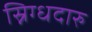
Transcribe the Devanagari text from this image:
स्निग्धदारु